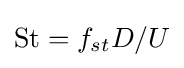
{\textrm {St}}=f_{st}D/U